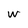
Character: w